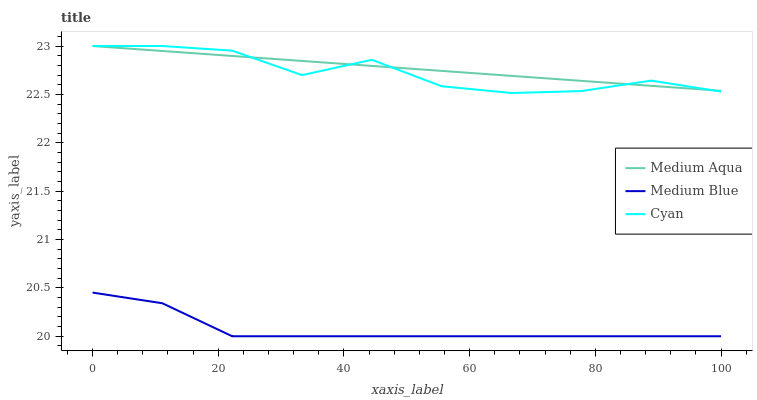
| xaxis_label | Medium Aqua | Medium Blue | Cyan |
 | --- | --- | --- | --- |
 | 0 | 23 | 20.5 | 23 |
 | 11.1 | 22.9 | 20.3 | 23 |
 | 22.2 | 22.9 | 20 | 23 |
 | 33.3 | 22.8 | 20 | 22.7 |
 | 44.4 | 22.8 | 20 | 22.9 |
 | 55.6 | 22.7 | 20 | 22.6 |
 | 66.7 | 22.7 | 20 | 22.5 |
 | 77.8 | 22.6 | 20 | 22.5 |
 | 88.9 | 22.6 | 20 | 22.6 |
 | 100 | 22.5 | 20 | 22.5 |